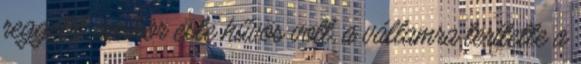
reggelit, amikor este hűvös volt, a vállamra terítette a